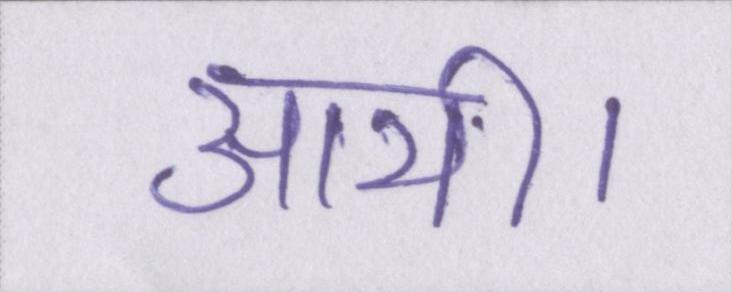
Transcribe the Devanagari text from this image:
आयी।